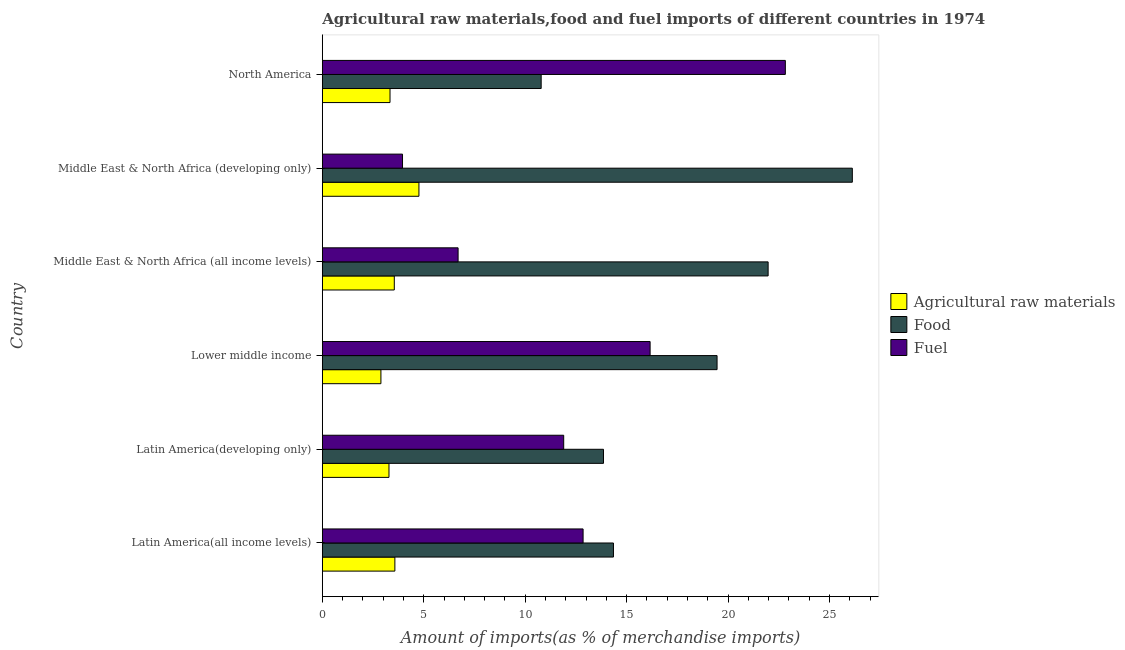
| Country | Agricultural raw materials | Food | Fuel |
 | --- | --- | --- | --- |
 | Latin America(all income levels) | 3.58 | 14.4 | 12.9 |
 | Latin America(developing only) | 3.29 | 13.9 | 11.9 |
 | Lower middle income | 2.89 | 19.5 | 16.2 |
 | Middle East & North Africa (all income levels) | 3.55 | 22 | 6.69 |
 | Middle East & North Africa (developing only) | 4.76 | 26.1 | 3.95 |
 | North America | 3.34 | 10.8 | 22.8 |